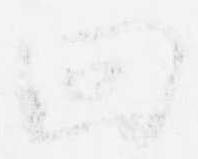
回